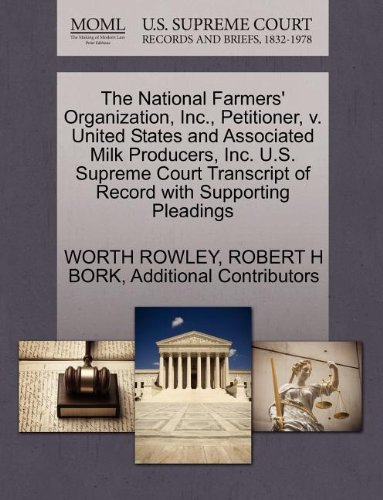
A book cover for The National Farmers' Organization, Inc., Petitioner, v. United States and Associated Milk Producers, Inc. U.S. Supreme Court Transcript of Record with Supporting Pleadings; WORTH ROWLEY; Law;